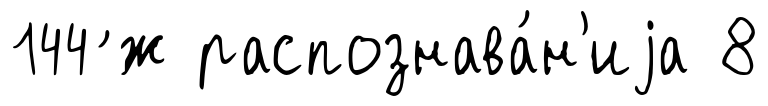
144 ́ж распознава́н'иjа 8